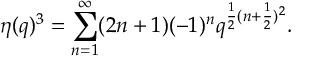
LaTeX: \eta ( q ) ^ { 3 } = \sum _ { n = 1 } ^ { \infty } ( 2 n + 1 ) ( - 1 ) ^ { n } q ^ { \frac { 1 } { 2 } ( n + \frac { 1 } { 2 } ) ^ { 2 } } .